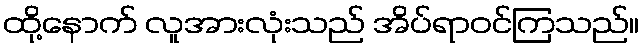
ထို့နောက် လူအားလုံးသည် အိပ်ရာဝင်ကြသည်။